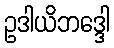
ဥဒါယိဘဒ္ဒေါ